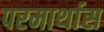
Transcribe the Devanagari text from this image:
परमार्थास